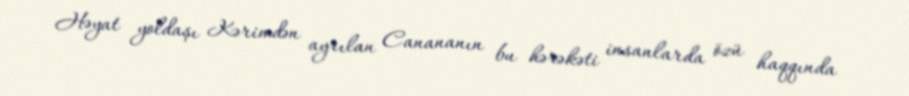
Həyat yoldaşı Kərimdən ayrılan Canananın bu hərəkəti insanlarda özü haqqında